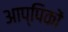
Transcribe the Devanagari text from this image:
आप्पिकों